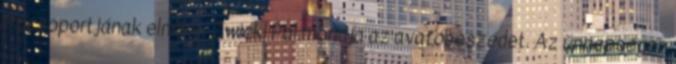
Főcsoportjának elnöke, Zwickl Pál mondja az avatóbeszédet. Az ünnepségen